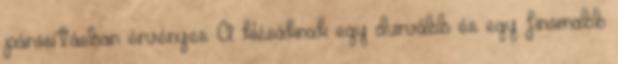
párosításban érvényes: A klésáknak egy durvább és egy finomabb